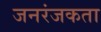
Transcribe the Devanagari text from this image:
जनरंजकता